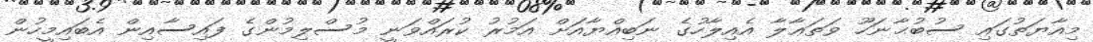
މިއާޔަތުގައި ސުބުޙާނަހޫ ވަތަޢާލާ އެއިލާހުގެ ނަބިއްޔާއަށް އަމުރު ކުރައްވަނީ މުސްލިމުންގެ ފައިސާއިން އެބައިމީހުން